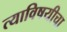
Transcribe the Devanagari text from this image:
त्याविषयीचा